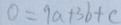
0 = 9 a + 3 b + c